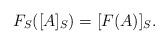
LaTeX: \begin{align*}F_S([A]_S) = [F(A)]_S.\end{align*}